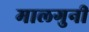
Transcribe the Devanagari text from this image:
मालगुनी